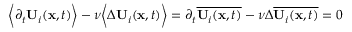
\begin{array} { r l } & { \bigg \langle \partial _ { t } \mathbf { U } _ { i } ( \mathbf { x } , t ) \bigg \rangle - \nu \bigg \langle \Delta \mathbf { U } _ { i } ( \mathbf { x } , t ) \bigg \rangle = \partial _ { t } \overline { { \mathbf { U } _ { i } ( \mathbf { x } , t ) } } - \nu \Delta \overline { { \mathbf { U } _ { i } ( \mathbf { x } , t ) } } = 0 } \end{array}